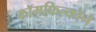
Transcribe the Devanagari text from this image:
कॉमफिल्कॉन